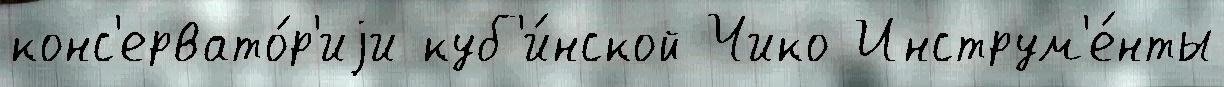
конс'ервато́р'иjи куб'и́нской Чико Инструм'е́нты